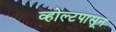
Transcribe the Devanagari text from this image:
व्होल्टपासून